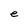
Character: e